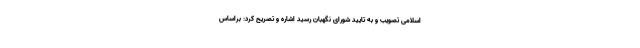
اسلامی تصویب و به تایید شورای نگهبان رسید اشاره و تصریح کرد: براساس